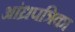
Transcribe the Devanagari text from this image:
आंध्रपत्रिका